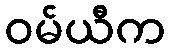
ဝမ်ယီက